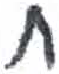
אות: ח